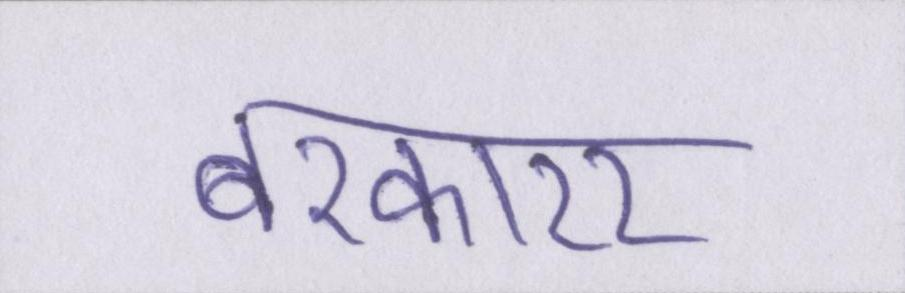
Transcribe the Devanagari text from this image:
बरकारर